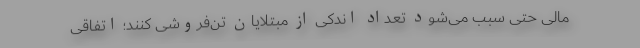
مالی حتی سبب می‌شود تعداد اندکی از مبتلایان تن‌فروشی کنند؛ اتفاقی